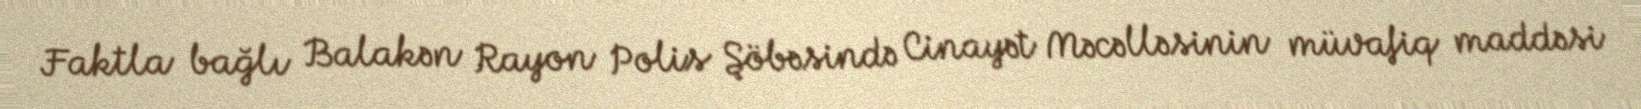
Faktla bağlı Balakən Rayon Polis Şöbəsində Cinayət Məcəlləsinin müvafiq maddəsi